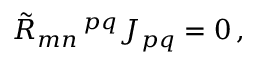
{ \tilde { R } } _ { m n } \, ^ { p q } J _ { p q } = 0 \, ,